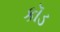
કૉડ